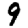
Digit: 9